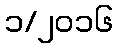
၁/၂၀၁၆